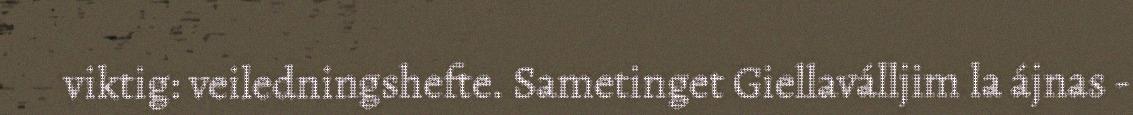
viktig: veiledningshefte. Sametinget Giellaválljim la ájnas -